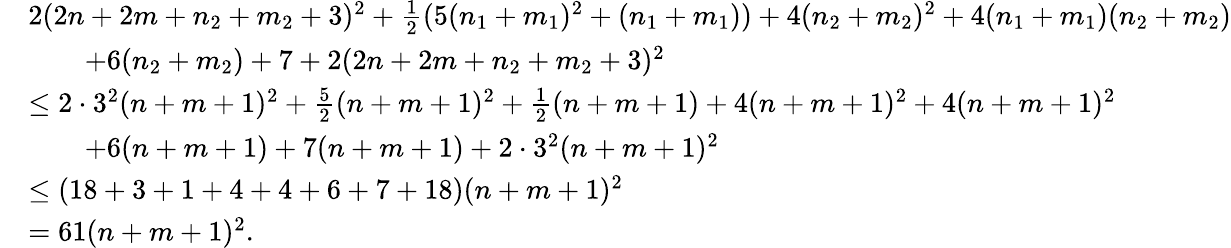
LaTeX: \begin{array}{rl}&{2(2n+2m+n_{2}+m_{2}+3)^{2}+\frac{1}{2}(5(n_{1}+m_{1})^{2}+(n_{1}+m_{1}))+4(n_{2}+m_{2})^{2}+4(n_{1}+m_{1})(n_{2}+m_{2})}\\ &{\qquad+6(n_{2}+m_{2})+7+2(2n+2m+n_{2}+m_{2}+3)^{2}}\\ &{\leq 2\cdot 3^{2}(n+m+1)^{2}+\frac{5}{2}(n+m+1)^{2}+\frac{1}{2}(n+m+1)+4(n+m+1)^{2}+4(n+m+1)^{2}}\\ &{\qquad+6(n+m+1)+7(n+m+1)+2\cdot 3^{2}(n+m+1)^{2}}\\ &{\leq(18+3+1+4+4+6+7+18)(n+m+1)^{2}}\\ &{=61(n+m+1)^{2}.}\end{array}